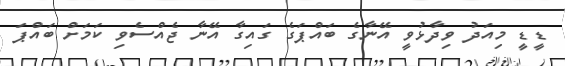
ޑީޑީ މިއަދު ވިދާޅުވީ އޭނާގެ ބައްޕަގެ ގައިގާ އޭނާ ޖެއްސެވި ކަމަށް ބައްޕަ